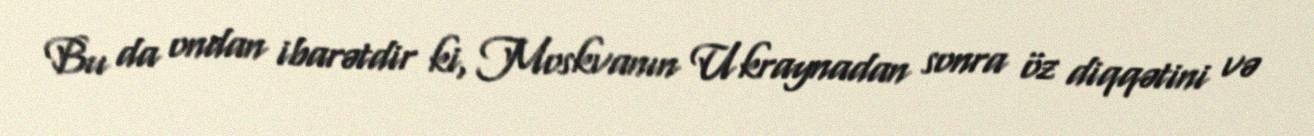
Bu da ondan ibarətdir ki, Moskvanın Ukraynadan sonra öz diqqətini və